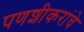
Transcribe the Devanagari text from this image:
पणशीकरांचे